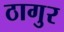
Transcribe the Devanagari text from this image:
ठागुर